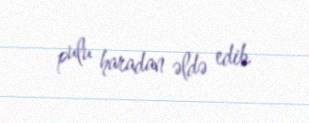
pulu haradan əldə edib.